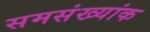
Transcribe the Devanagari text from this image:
समसंख्यांक